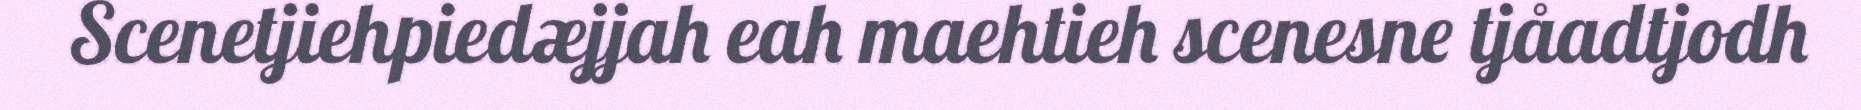
Scenetjiehpiedæjjah eah maehtieh scenesne tjåadtjodh